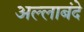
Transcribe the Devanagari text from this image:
अल्लाबंदे